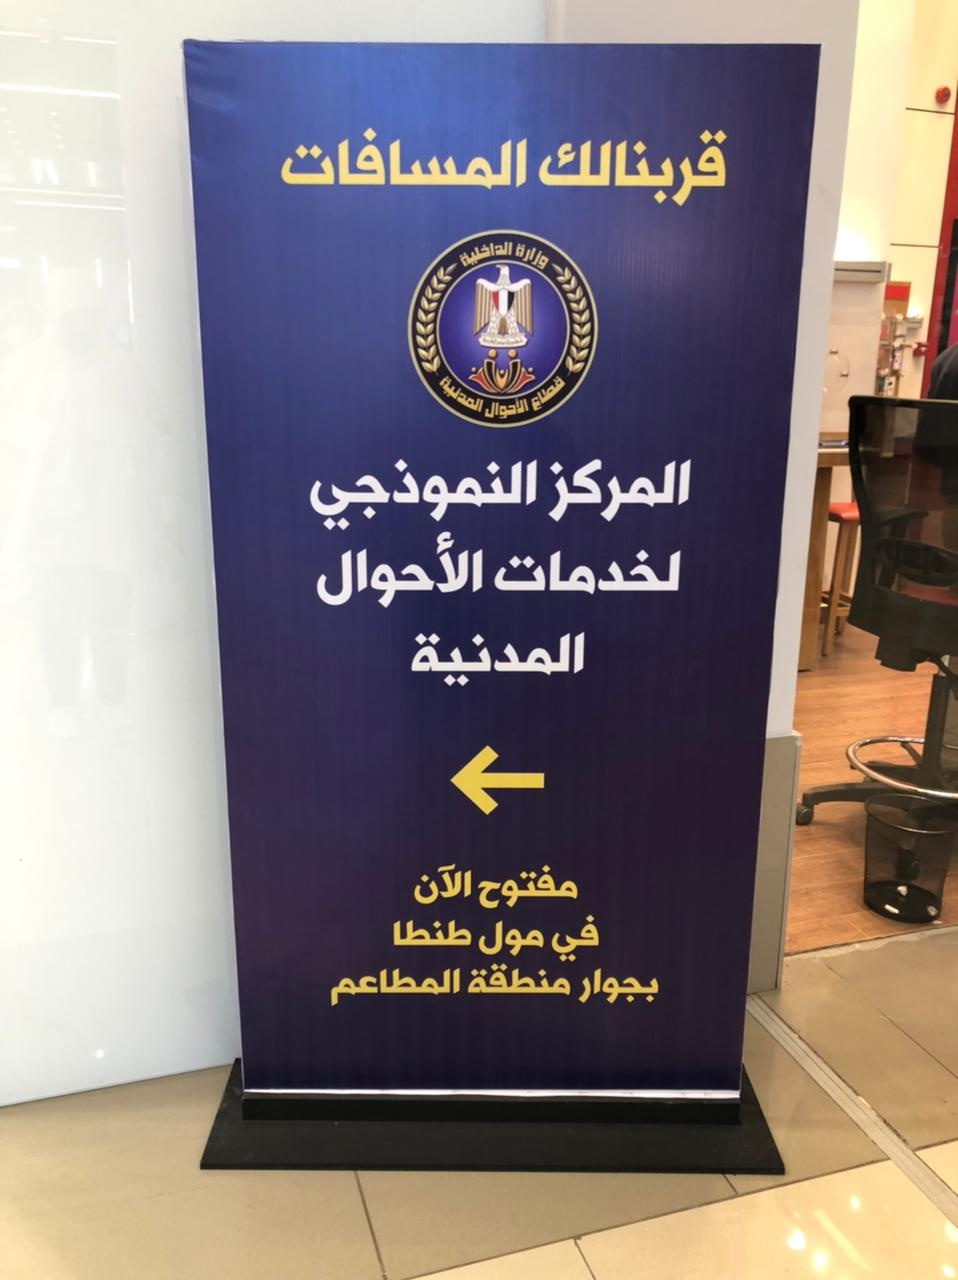
Text in image: المسافات قربنالك الداخلية وزارة قطاع المدنية الأحوال المركز النموذجي الأحوال لخدمات المدنية الآن مفتوح طنطا في مول منطقة المطاعم بجوار